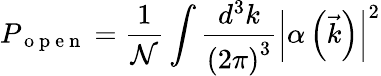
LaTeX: P_{\mathrm{~o~p~e~n~}}=\frac{1}{\mathcal{N}}\int\frac{d^{3}k}{\left(2\pi\right)^{3}}\left|\alpha\left(\vec{k}\right)\right|^{2}